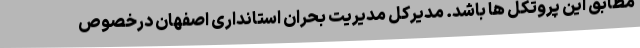
مطابق این پروتکل ها باشد. مدیرکل مدیریت بحران استانداری اصفهان درخصوص